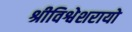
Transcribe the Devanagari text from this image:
श्रीविश्वेशरायो